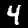
Label: 4